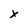
Character: x